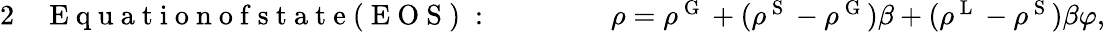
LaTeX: \begin{array}{rlrl}{{2}}&{{}\mathrm{~E~q~u~a~t~i~o~n~o~f~s~t~a~t~e~(~E~O~S~)~:~}\qquad}&{}&{{}\rho=\rho^{\mathrm{~G~}}+(\rho^{\mathrm{~S~}}-\rho^{\mathrm{~G~}})\beta+(\rho^{\mathrm{~L~}}-\rho^{\mathrm{~S~}})\beta\varphi,}\end{array}